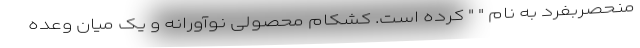
منحصربفرد به نام " " کرده است. کشکام محصولی نوآورانه و یک میان وعده